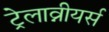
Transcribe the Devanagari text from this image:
ट्रेलाव्नीयर्स